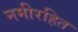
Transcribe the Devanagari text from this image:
नमीरहित